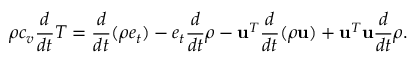
\rho c _ { v } \frac { d } { d t } T = \frac { d } { d t } ( \rho e _ { t } ) - e _ { t } \frac { d } { d t } \rho - \mathbf { u } ^ { T } \frac { d } { d t } ( \rho \mathbf { u } ) + \mathbf { u } ^ { T } \mathbf { u } \frac { d } { d t } \rho .